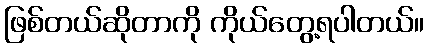
ဖြစ်တယ်ဆိုတာကို ကိုယ်တွေ့ရပါတယ်။